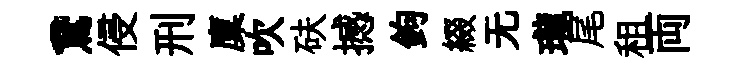
鵞侵刑廩吹砆撼鉤綴无瓏尾租両